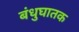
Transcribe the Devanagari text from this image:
बंधुघातक